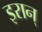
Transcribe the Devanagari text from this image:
इरान्